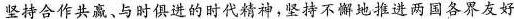
坚持合作共赢、与时俱进的时代精神，坚持不懈地推进两国各界友好